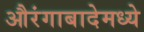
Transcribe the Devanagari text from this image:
औरंगाबादेमध्ये